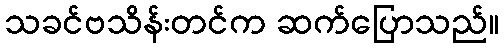
သခင်ဗသိန်းတင်က ဆက်ပြောသည်။